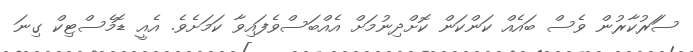
ސަަރުކާރުން ވެސް ބައެއް ކަންކަން ކޮށްދިނުމަށް އެއްބަސްވެފައިވާ ކަމަށެވެ. އެއީ ޑޮމެސްޓިކް ގިނަ